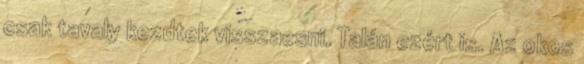
csak tavaly kezdtek visszaesni. Talán ezért is. Az okos